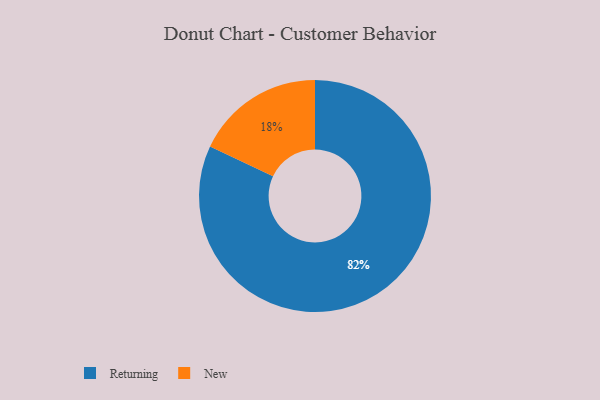
{"axis": {"x": "Category", "y": "Percentage"}, "legend": ["New", "Returning"], "data": [{"x": "New", "y": 18, "type": "New"}, {"x": "Returning", "y": 82, "type": "Returning"}]}